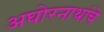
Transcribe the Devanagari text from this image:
अघोरनाथांचे